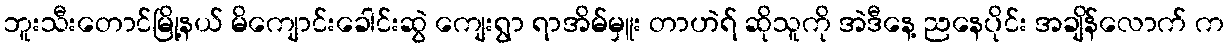
ဘူးသီးတောင်မြို့နယ် မိကျောင်းခေါင်းဆွဲ ကျေးရွာ ရာအိမ်မှူး တာဟဲရ် ဆိုသူကို အဲဒီနေ့ ညနေပိုင်း အချိန်လောက် က